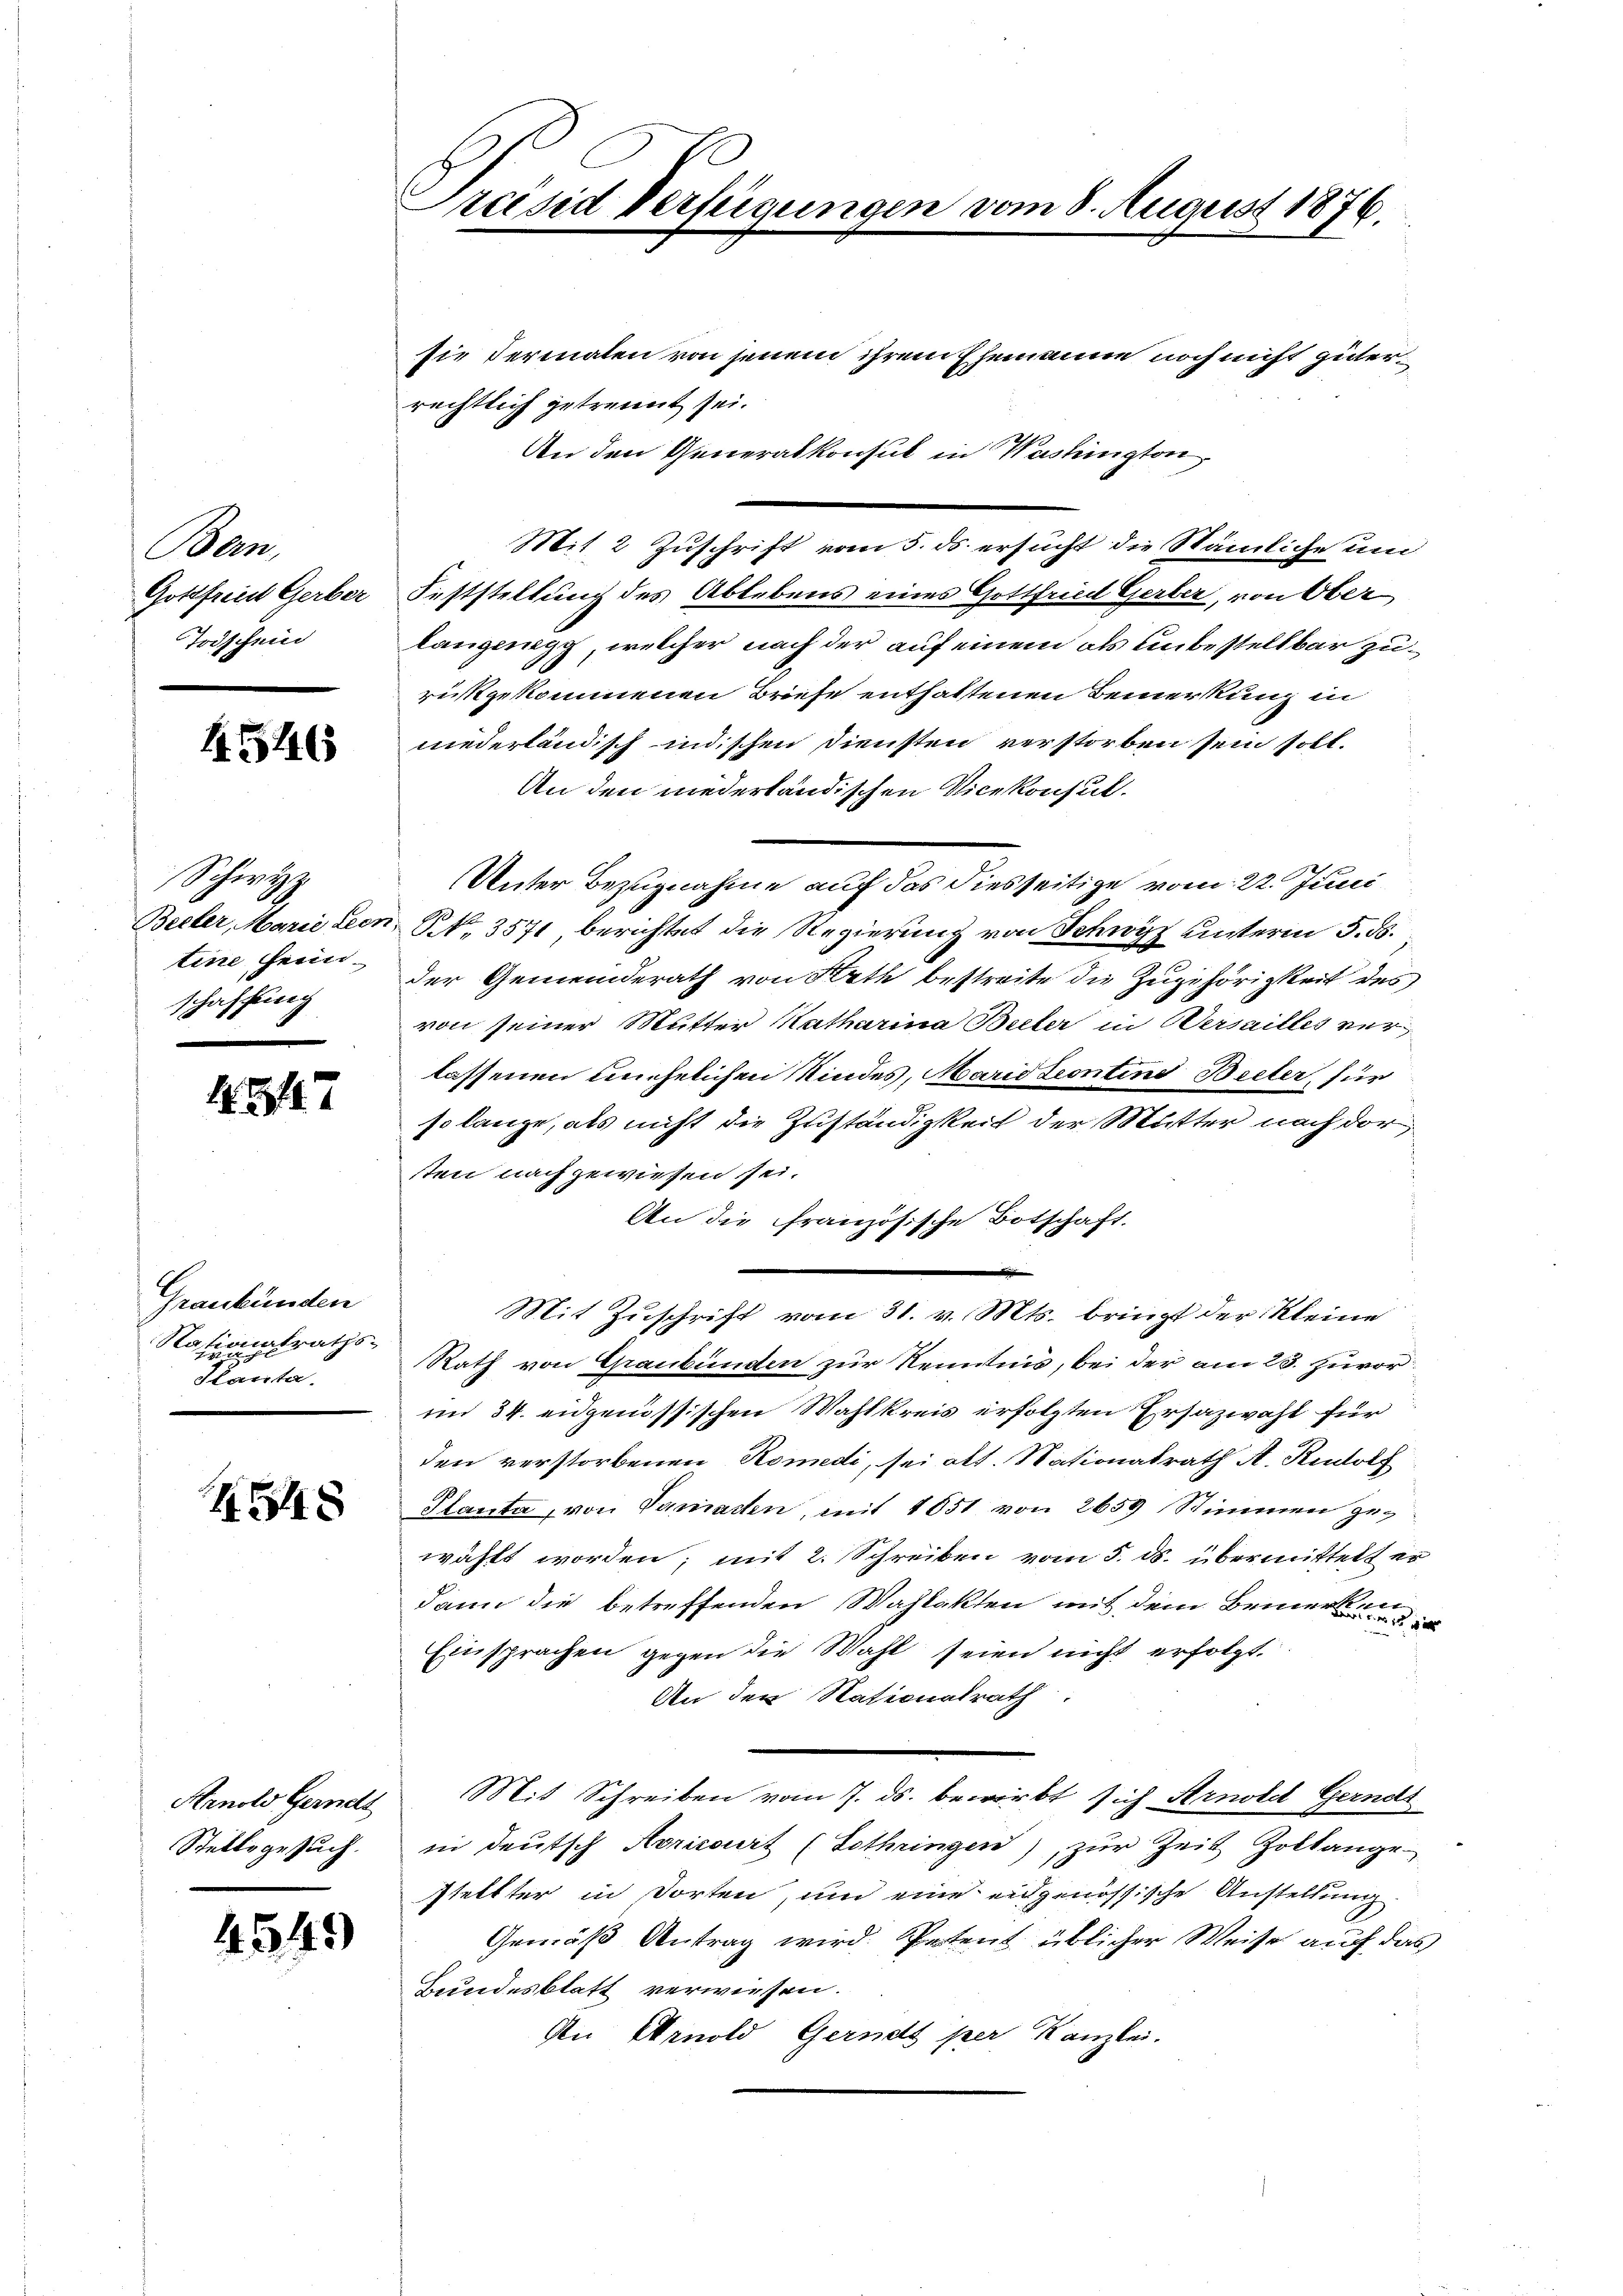
Bern,
Gottfried Gerber
Todschein

4546

Schwyz
tine Heim
schaffung

437

Graubünden
Nationalraths-
Kanta.

548

Hrnold Gernell
Stette gesuch.

4549)

Präsid Verfügungen vom 8. August 1876.

sie dermalen von jenem ihrem Ehemanne noch nicht güterrechtlich getrennt sei.
An den Generalkonsul in Washington,
Mit 2 Zuschrift vom 5. ds. ersucht die Nämliche um
Feststellung des Ablebens eines Gottfried Gerber, von Ober
langegg, welcher nach der auf einem als unbestellbar zurückgekommenen Briefe enthaltenen Bemerkung in
niederländisch indischen Diensten verstorben sein soll.
An den niederländischen Vicekonsul.
Unter Bezugnahme auf das diesseitige vom 22. Juni
Becker, Marie den S. 3571 berichtet die Regierung von Schwyz unterm 5. ds.
der Gemeinderath von Rath bestreite die Zugehörigkeit des
von seiner Mutter Katharina Beller in Versailles verlassenen unehelichen Kindes, Maridteontine Beeter, für
so lange, als nicht die Zuständigkeit der Mutter nach der
sten nachgewiesen sei.
An die französische Botschaft.
d
Mit Zuschrift vom 31. v. Mts. bringt der Kleine
Rath von Graubünden zŭr Kenntnis, bei der am 23. zuvor
im 34. eidgenössischen Wahlkreis erfolgten Ersazwahl für
den verstorbenen Komedi, sei oft. Nationalrath A. Rudolf
Planta, von Sanatten, mit 1651 von 2659 Stimmen gewählt worden; mit 2. Schreiben vom 5. ds. übermittelt er
dann die betreffenden Wahlakten mit dem Bemerken
Einsprachen gegen die Wahl seien nicht erfolgt.
An den Nationalrath.
Mit Schreiben vom 7. ds. bewirkt sich Arnold Gernds
in deutsch Noricourt (Sothringen), zur Zeit Zoltange
stellter in dorten, und eine eidgenössische Anstellung
Gemäß Antrag wird. Petent üblicher Weise auch das
Bundesblatt verwiesen.
An Arnold Gerndt per Kanzlei.